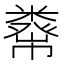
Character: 𥼇